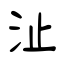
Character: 沚